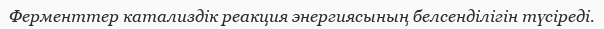
Ферменттер катализдік реакция энергиясының белсенділігін түсіреді.